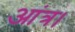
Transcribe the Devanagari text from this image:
आंत्र।